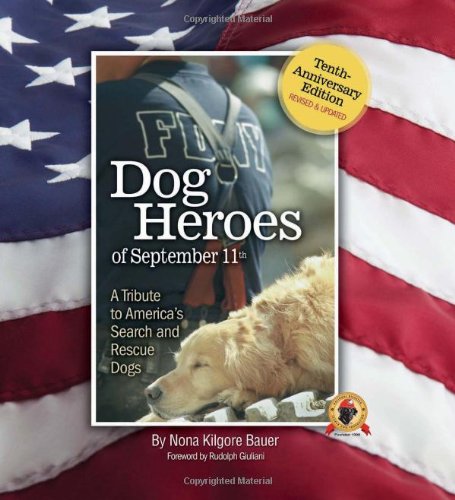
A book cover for Dog Heroes of September 11th: A Tribute to America's Search and Rescue Dogs; Nona Kilgore Bauer; Politics & Social Sciences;